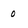
Character: 0